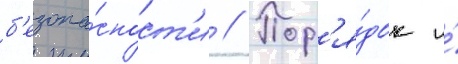
б'езопа́сност'и // Пор'я́док и́